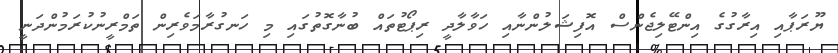
ޔޫރަޕާއި އިރާގުގެ އިންޓޭލިޖެންސް އޮފިޝަލުންނާއި ހަވާލާދީ ރިޕޯޓުތައް ބުނާގޮތުގައި މި ހަނގުރާމަވެރިން ތަމްރީނުކުރަމުންދަނީ